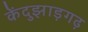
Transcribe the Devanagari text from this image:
केंदुझाड़गढ़